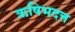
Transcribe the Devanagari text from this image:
ऋषिभदत्त